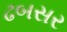
ઢબસર